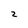
Character: z